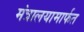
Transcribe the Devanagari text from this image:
मंत्रालयामार्फत